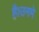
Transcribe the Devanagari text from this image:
है।उनमे